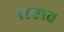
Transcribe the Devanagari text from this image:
राष्टात